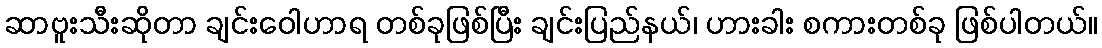
ဆာဗူးသီးဆိုတာ ချင်းဝေါဟာရ တစ်ခုဖြစ်ပြီး ချင်းပြည်နယ်၊ ဟားခါး စကားတစ်ခု ဖြစ်ပါတယ်။